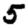
Digit: 5